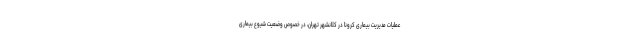
عملیات مدیریت بیماری کرونا در کلانشهر تهران، در خصوص وضعیت شیوع بیماری